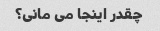
چقدر اینجا می مانی؟